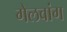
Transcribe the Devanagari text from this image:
गेलवांग